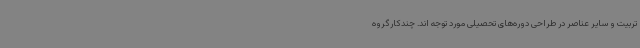
تربیت و سایر عناصر در طراحی دوره‌های تحصیلی مورد توجه اند. چندکارگروه